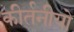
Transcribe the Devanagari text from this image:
कीर्तनीयो